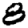
Digit: 8